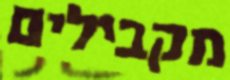
מקבילים